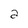
Character: 2